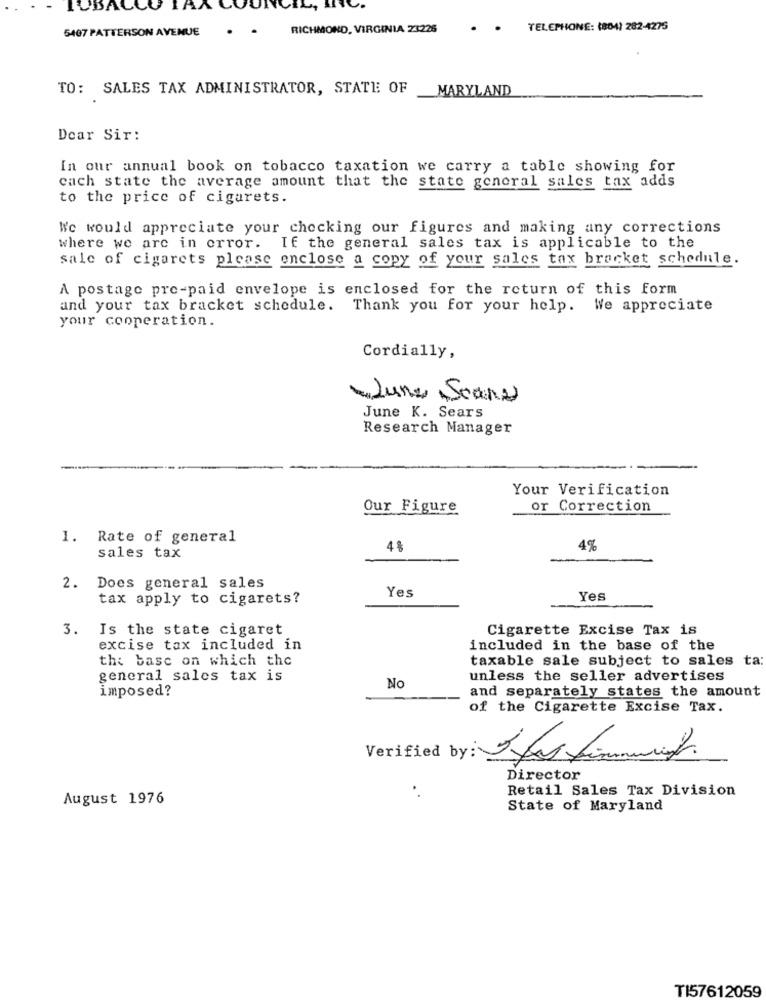
CBA
AA
5407 PATTERSON AVENUE
. .
RICHMOND, VIRGINIA 23225
. . TELEPHONE: (804) 282-4275
TO: SALES TAX ADMINISTRATOR, STATE OF
MARYLAND
Dear Sir:
In our annual book on tobacco taxation we carry a table showing for
cach state the average amount that the state general sales tax adds
to the price of cigarets.
We would appreciate your checking our figures and making any corrections
where we are in error. If the general sales tax is applicable to the
sale of cigarets please enclose a copy of your sales tax bracket schedule.
A postage pre-paid envelope is enclosed for the return of this form
and your tax bracket schedule. Thank you for your help. We appreciate
your cooperation.
Cordially,
-Lunes Scans
June K. Sears
Research Manager
Your Verification
Our Figure
or Correction
1. Rate of general
4 %
4%
sales tax
2. Does general sales
Yes
tax apply to cigarets?
Yes
3. Is the state cigaret
Cigarette Excise Tax is
excise tax included in
included in the base of the
the base on which the
taxable sale subject to sales ta:
general sales tax is
unless the seller advertises
imposed?
No
and separately states the amount
of the Cigarette Excise Tax.
Verified by: Ifas firmament.
Director
.
Retail Sales Tax Division
August 1976
State of Maryland
TI57612059